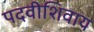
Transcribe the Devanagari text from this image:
पदवीशिवाय